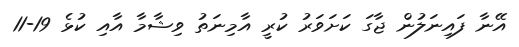
އޭނާ ފައިނަލުން ޖާގަ ކަށަވަރު ކުރީ އާމިނަތު ވިޝާމާ އާއި ކުޅެ 19-11